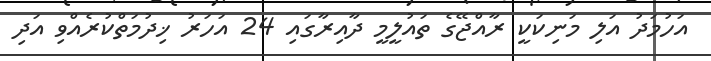
އަހުމަދު އަލި މަނިކަކީ ރާއްޖޭގެ ތައުލީމީ ދާއިރާގައި 24 އަހަރު ޚިދުމަތްކުރެއްވި އަދި